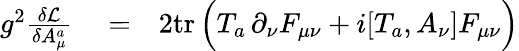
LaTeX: \begin{array}{rlr}{g^{2}{\frac{\delta{\cal L}}{\delta A_{\mu}^{a}}}}&{{}=}&{{2}\mathrm{tr}\, \Big(T_{a}\, \partial_{\nu}F_{\mu\nu}+i[T_{a},A_{\nu}]F_{\mu\nu}\Big)}\end{array}